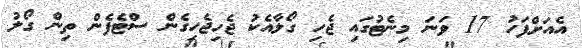
އެއަށްފަހު 17 ވަނަ މިނެޓުގައި ޖެހި ގޯލާއެކު ޖެހިޖެހިގެން ސްޓެފެން ތިން ގޯލު